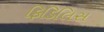
ફિડિલિસ